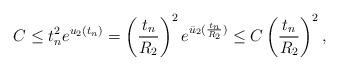
LaTeX: \begin{align*}C\le t_n^2e^{u_2(t_n)}=\left(\frac{t_n}{R_2}\right)^2e^{\bar{u}_2(\frac{t_n}{R_2})}\le C\left(\frac{t_n}{R_2}\right)^2,\end{align*}